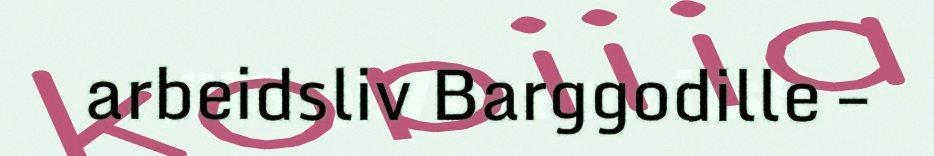
arbeidsliv Barggodille –